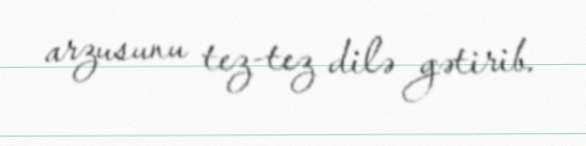
arzusunu tez-tez dilə gətirib.